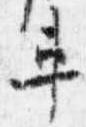
車